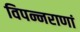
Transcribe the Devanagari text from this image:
विपन्नराणां